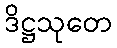
ဒိဋ္ဌသုတေ